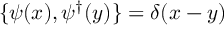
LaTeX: \{ \psi ( x ) , \psi ^ { \dagger } ( y ) \} = \delta ( x - y )